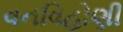
વનવિહોણી